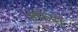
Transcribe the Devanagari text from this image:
सफ़ेदा